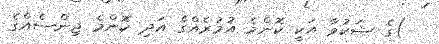
)ގެ ޝަކުވާ އަކީ ކޮންމެ އުމުރެއްގެ އަދި ކޮންމެ ޖިންސެއްގެ